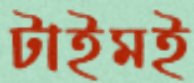
টাইমই